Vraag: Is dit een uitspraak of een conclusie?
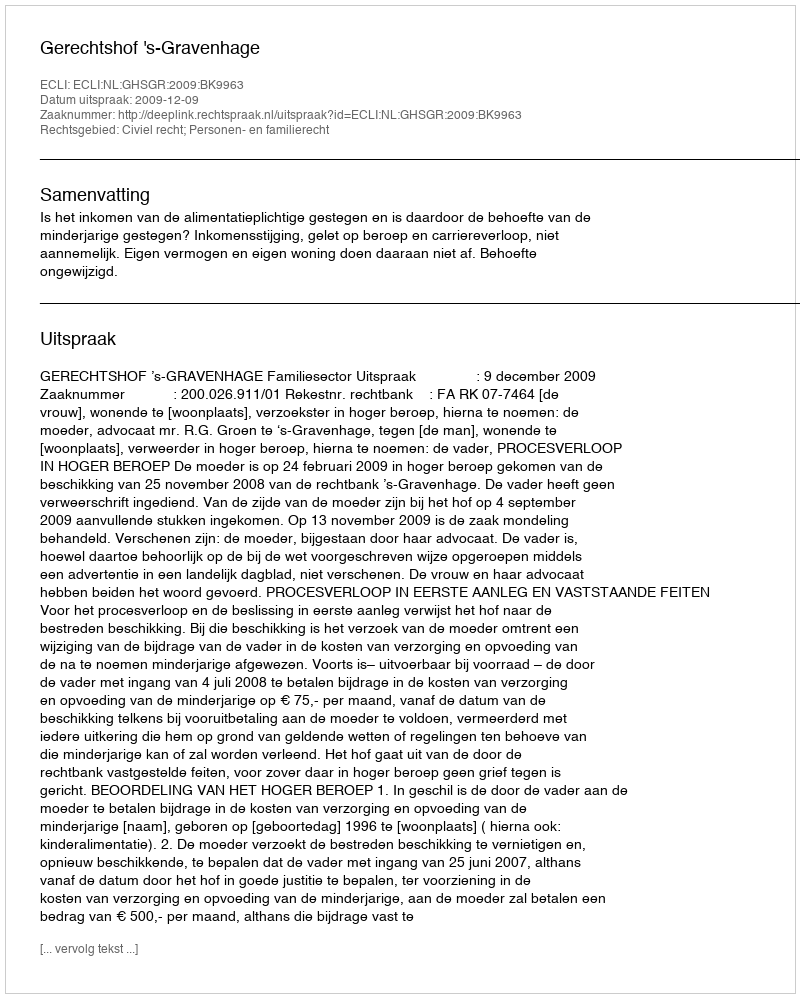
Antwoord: Uitspraak